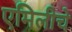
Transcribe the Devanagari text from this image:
एमिलीचे